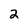
Character: 2